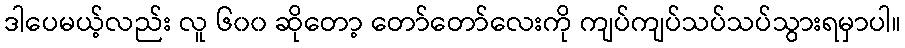
ဒါပေမယ့်လည်း လူ ၆၀၀ ဆိုတော့ တော်တော်လေးကို ကျပ်ကျပ်သပ်သပ်သွားရမှာပါ။